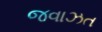
જવાઝત